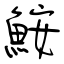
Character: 鮟